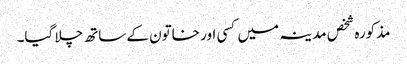
مذکورہ شخص مدینہ میں کسی اور خاتون کے ساتھ چلا گیا۔